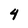
Character: 4